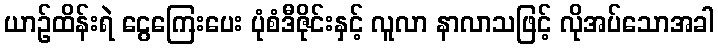
ယာဉ်ထိန်းရဲ ငွေကြေးပေး ပုံစံဒီဇိုင်းနှင့် လူလာ နာလာသဖြင့် လိုအပ်သောအခါ